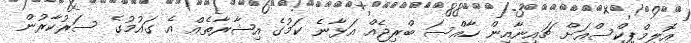
އޮލިމްޕިކްސްއަށް ޗައިނާއިން ހާއްސަ ބްރިޖެއް އަޅާނެ ކަމުގެ އިޝާރާތެއް އެ ގައުމުގެ ސަރުކާރުން